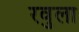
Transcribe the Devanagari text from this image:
रवुला